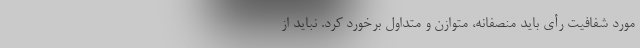
مورد شفافیت رأی باید منصفانه، متوازن و متداول برخورد کرد. نباید از